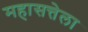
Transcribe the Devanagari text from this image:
महासत्तेला